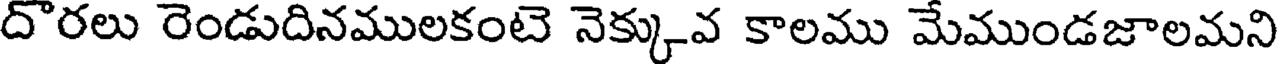
దొరలు రెండుదినములకంటె నెక్కువ కాలము మేముండజాలమని